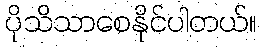
ပိုသိသာစေနိုင်ပါတယ်။